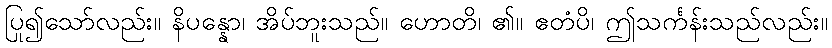
ပြု၍သော်လည်း။ နိပန္နော၊ အိပ်ဘူးသည်။ ဟောတိ၊ ၏။ ဧတံပိ၊ ဤသင်္ကန်းသည်လည်း။